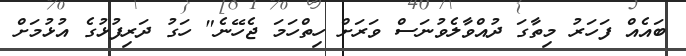
ބައެއް ފަހަރު މިތާގަ ދުއްވާލެވުނަސް ވަރަށް ހިތްހަމަ ޖެހޭނެ" ހަގު ދަރިފުޅުގެ އުޅުމަށް